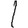
Digit: 1